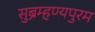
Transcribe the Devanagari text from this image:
सुब्रम्हण्यपुरम